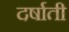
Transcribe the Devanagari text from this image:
दर्षाती